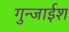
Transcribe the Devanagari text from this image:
गुन्जाईश